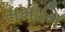
સમાનિ